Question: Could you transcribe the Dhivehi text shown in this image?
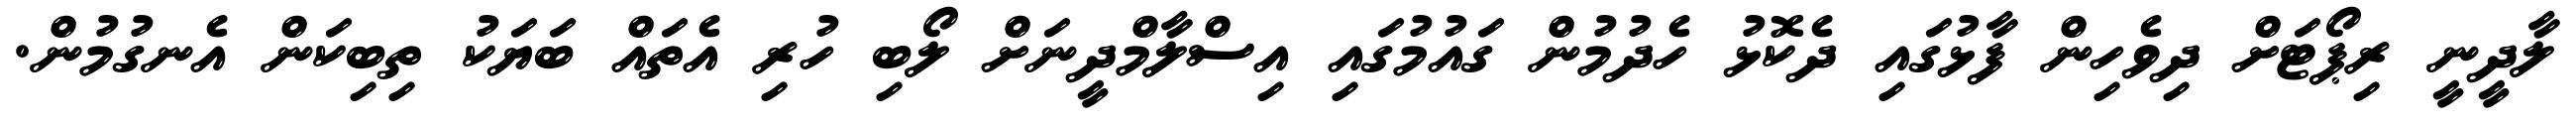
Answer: ލާދީނީ ރިޕޯޓަށް ދިވެހިން ފާޅުގައި ދެކޮޅު ހެދުމުން ގައުމުގައި އިސްލާމްދީނަށް ލޯބި ހުރި އެތައް ބަޔަކު ތިބިކަން އެނގުމުން.